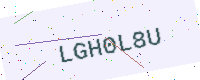
Text: LGH0L8U